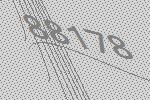
88178